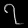
Digit: ၇